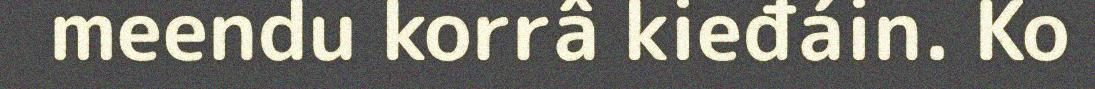
meendu korrâ kieđáin. Ko